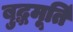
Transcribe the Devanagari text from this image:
बुद्धमूर्ति